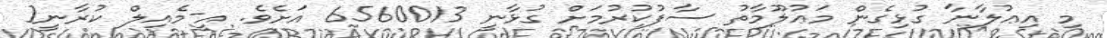
މި އިޢުލާނާ ގުޅިގެން މަޢުލޫމާތު ސާފުކުރުމަށް ގުޅާނީ 6560013 އަށެވެ. އީ-މެއިލް ކުރާނީ[